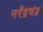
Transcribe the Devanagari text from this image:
नरेंद्रचंद्र